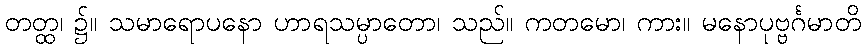
တတ္ထ၊ ၌။ သမာရောပနော ဟာရသမ္ပာတော၊ သည်။ ကတမော၊ ကား။ မနောပုဗ္ဗင်္ဂမာတိ